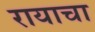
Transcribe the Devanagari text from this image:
रायाचा